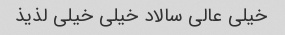
خیلی عالی سالاد خیلی خیلی لذیذ